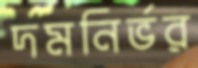
দমনির্ভর